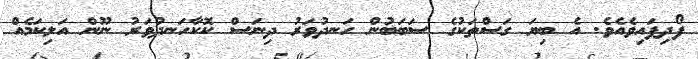
ފޯދިފައިވެއެވެ. އެ ބިޔަ ގަސްތަކުގެ ސަބަބުން ހަނދުވަރު ދިނަސް ކޮކާހަނދުވަރު ނޫން އަލިކަމެއް